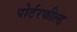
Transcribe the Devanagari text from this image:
पोर्टरफील्ड